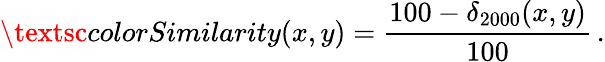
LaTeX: \textsc{colorSimilarity}(x,y)=\frac{100-\delta_{2000}(x,y)}{100}\, .